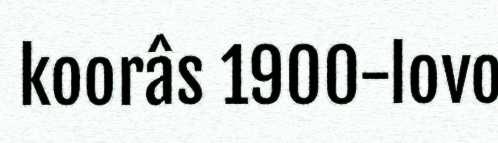
koorâs 1900-lovo